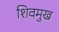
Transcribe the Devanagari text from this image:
शिवमुख